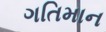
ગતિમાન